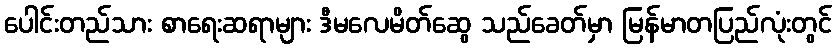
ပေါင်းတည်သား စာရေးဆရာများ ဒီမလေမိတ်ဆွေ သည်ခေတ်မှာ မြန်မာတပြည်လုံးတွင်